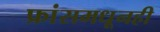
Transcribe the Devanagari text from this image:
फ्रांसमधूनही